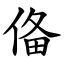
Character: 俻